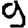
Digit: 9